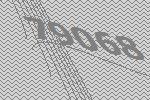
79068